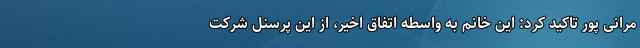
مرانی پور تاکید کرد: این خانم به واسطه اتفاق اخیر، از این پرسنل شرکت